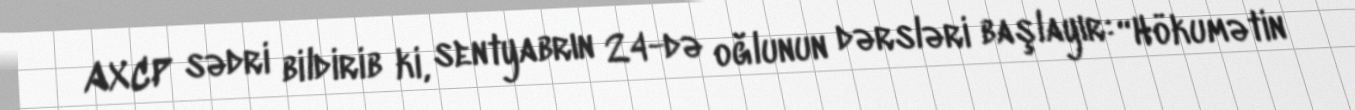
AXCP sədri bildirib ki, sentyabrın 24-də oğlunun dərsləri başlayır: “Hökumətin